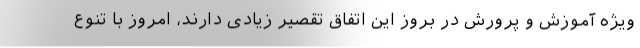
ویژه آموزش و پرورش در بروز این اتفاق تقصیر زیادی دارند، امروز با تنوع